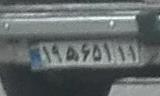
۱۹ه۶۵۱۱۱